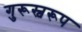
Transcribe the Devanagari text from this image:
गुरूस्वरूप